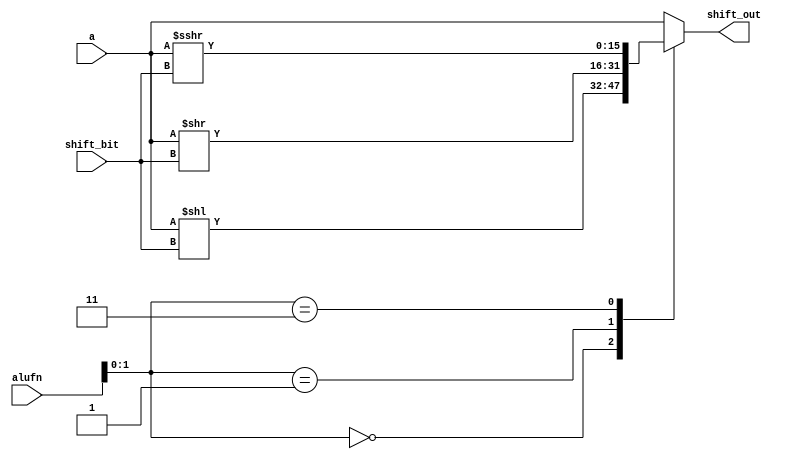
module shift_12 (
    input [3:0] alufn,
    input [15:0] a,
    input [4:0] shift_bit,
    output reg [15:0] shift_out
  );
  
  
  
  always @* begin
    
    case (alufn[0+1-:2])
      2'h0: begin
        shift_out = a << shift_bit[0+4-:5];
      end
      2'h1: begin
        shift_out = a >> shift_bit[0+4-:5];
      end
      2'h3: begin
        shift_out = $signed(a) >>> shift_bit[0+4-:5];
      end
      default: begin
        shift_out = a;
      end
    endcase
  end
endmodule